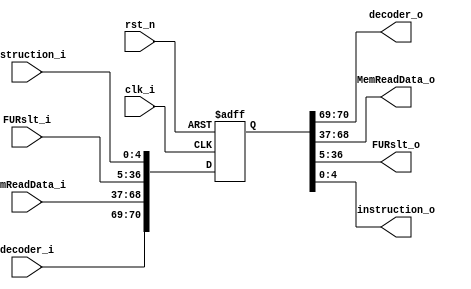
module reg_MEM_WB  (clk_i, rst_n, decoder_i, MemReadData_i, FURslt_i, instruction_i,
 decoder_o, MemReadData_o, FURslt_o, instruction_o);

input wire clk_i, rst_n;
input wire [2-1:0] decoder_i;
input wire [32-1:0] MemReadData_i;
input wire [32-1:0] FURslt_i;
input wire [5-1:0] instruction_i;


output wire [2-1:0] decoder_o;
output wire [32-1:0] MemReadData_o;
output wire [32-1:0] FURslt_o;
output wire [5-1:0] instruction_o;


reg [71-1:0] reg1,reg1_w;

always @(*) begin
	reg1_w [70:69] = decoder_i;
	reg1_w[68:37] = MemReadData_i;
	reg1_w[36:5] = FURslt_i;
	reg1_w[4:0] = instruction_i;
end

always @(posedge clk_i or negedge rst_n) begin
	if(rst_n==0) begin
		reg1 <= 0;
	end
	else begin
		reg1 <= reg1_w;
	end
end


assign decoder_o = reg1 [70:69];
assign MemReadData_o = reg1[68:37];
assign FURslt_o = reg1[36:5];
assign instruction_o = reg1[4:0];

endmodule